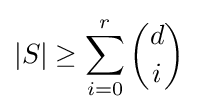
|S|\geq \sum _{i=0}^{r}{d \choose i}